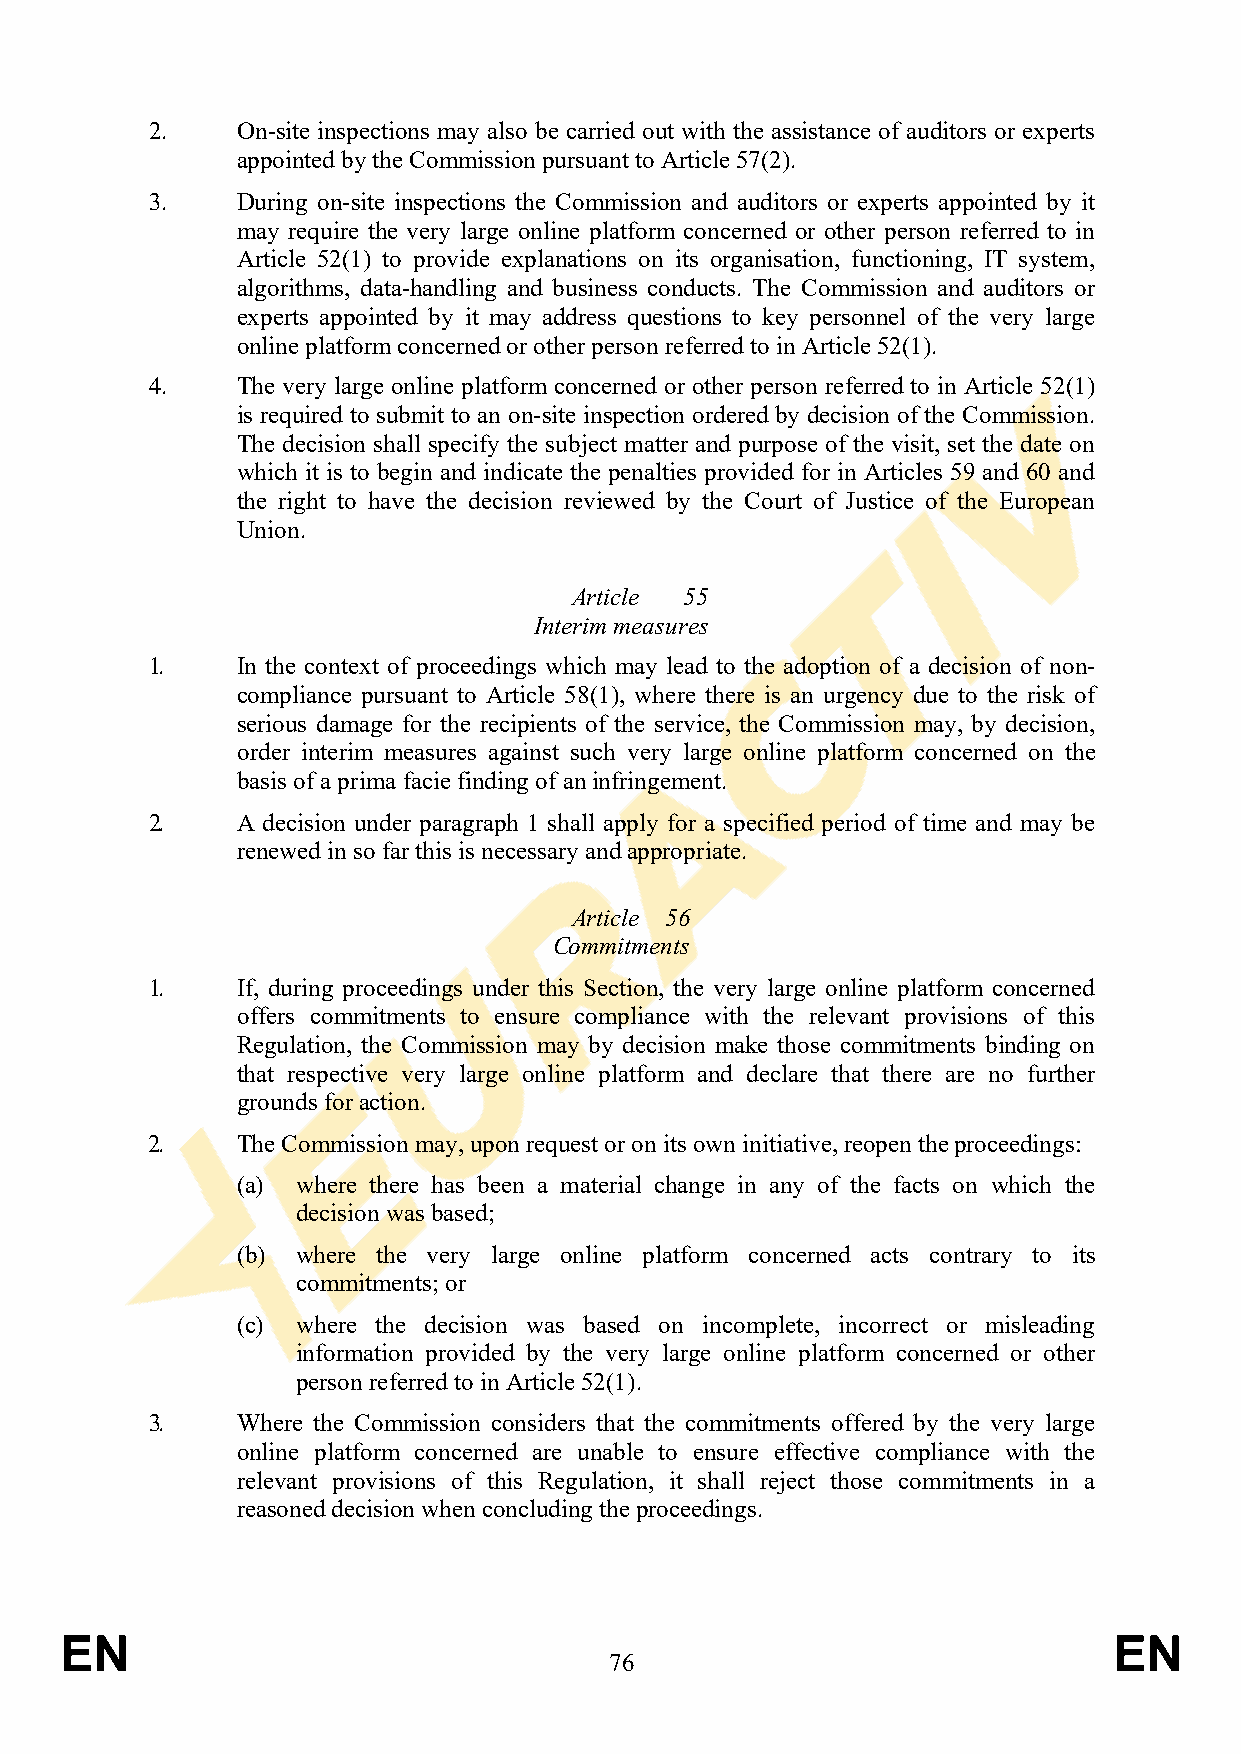
2.    On-site inspections may also be carried out with the assistance of auditors or experts
 appointed by the Commission pursuant to Article 57(2).
 3.    During on-site inspections the Commission and auditors or experts appointed by it
 may require the very large online platform concerned or other person referred to in
 Article 52(1) to provide explanations on its organisation, functioning, IT system,
 algorithms, data-handling and business conducts. The Commission and auditors or
 experts appointed by it may address questions to key personnel of the very large
 online platform concerned or other person referred to in Article 52(1).
 4.    The very large online platform concerned or other person referred to in Article 52(1)
 is required to submit to an on-site inspection ordered by decision of the Commission.
 The decision shall specify the subject matter and purpose of the visit, set the date on
 which it is to begin and indicate the penalties provided for in Articles 59 and 60 and
 the right to have the decision reviewed by the Court of Justice of the European
 Union.
 Article 55
 Interim measures
 1.    In the context of proceedings which may lead to the adoption of a decision of non-
 compliance pursuant to Article 58(1), where there is an urgency due to the risk of
 serious damage for the recipients of the service, the Commission may, by decision,
 order interim measures against such very large online platform concerned on the
 basis of a prima facie finding of an infringement.
 2.    A decision under paragraph 1 shall apply for a specified period of time and may be
 renewed in so far this is necessary and appropriate.
 Article 56
 Commitments
 1.    If, during proceedings under this Section, the very large online platform concerned
 offers commitments to ensure compliance with the relevant provisions of this
 Regulation, the Commission may by decision make those commitments binding on
 that respective very large online platform and declare that there are no further
 grounds for action.
 2.    The Commission may, upon request or on its own initiative, reopen the proceedings:
 (a) where there has been a material change in any of the facts on which the
 decision was based;
 (b) where the very large online platform concerned acts contrary to its
 commitments; or
 (c) where the decision was based on incomplete, incorrect or misleading
 information provided by the very large online platform concerned or other
 person referred to in Article 52(1).
 3.    Where the Commission considers that the commitments offered by the very large
 online platform concerned are unable to ensure effective compliance with the
 relevant provisions of this Regulation, it shall reject those commitments in a
 reasoned decision when concluding the proceedings.
 EN                                                                    EN
 76